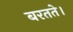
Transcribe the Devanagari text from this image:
बरतते।